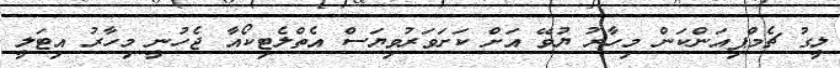
ލީގު ޗެމްޕިއަންކަން މިހާރު ޔުވޭ އަށް ކަށަވަރުވިޔަސް އެތްލެޓިކޯއާ ޖެހުނީ މިހާރު އިޓަލީ